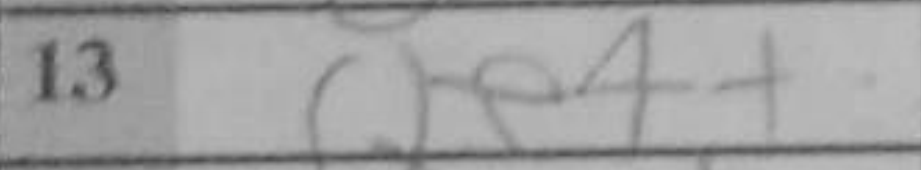
Transcription: Qe4+